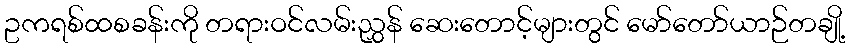
ဥကရစ်ထစခန်းကို တရားဝင်လမ်းညွှန် ဆေးတောင့်များတွင် မော်တော်ယာဉ်တချို့